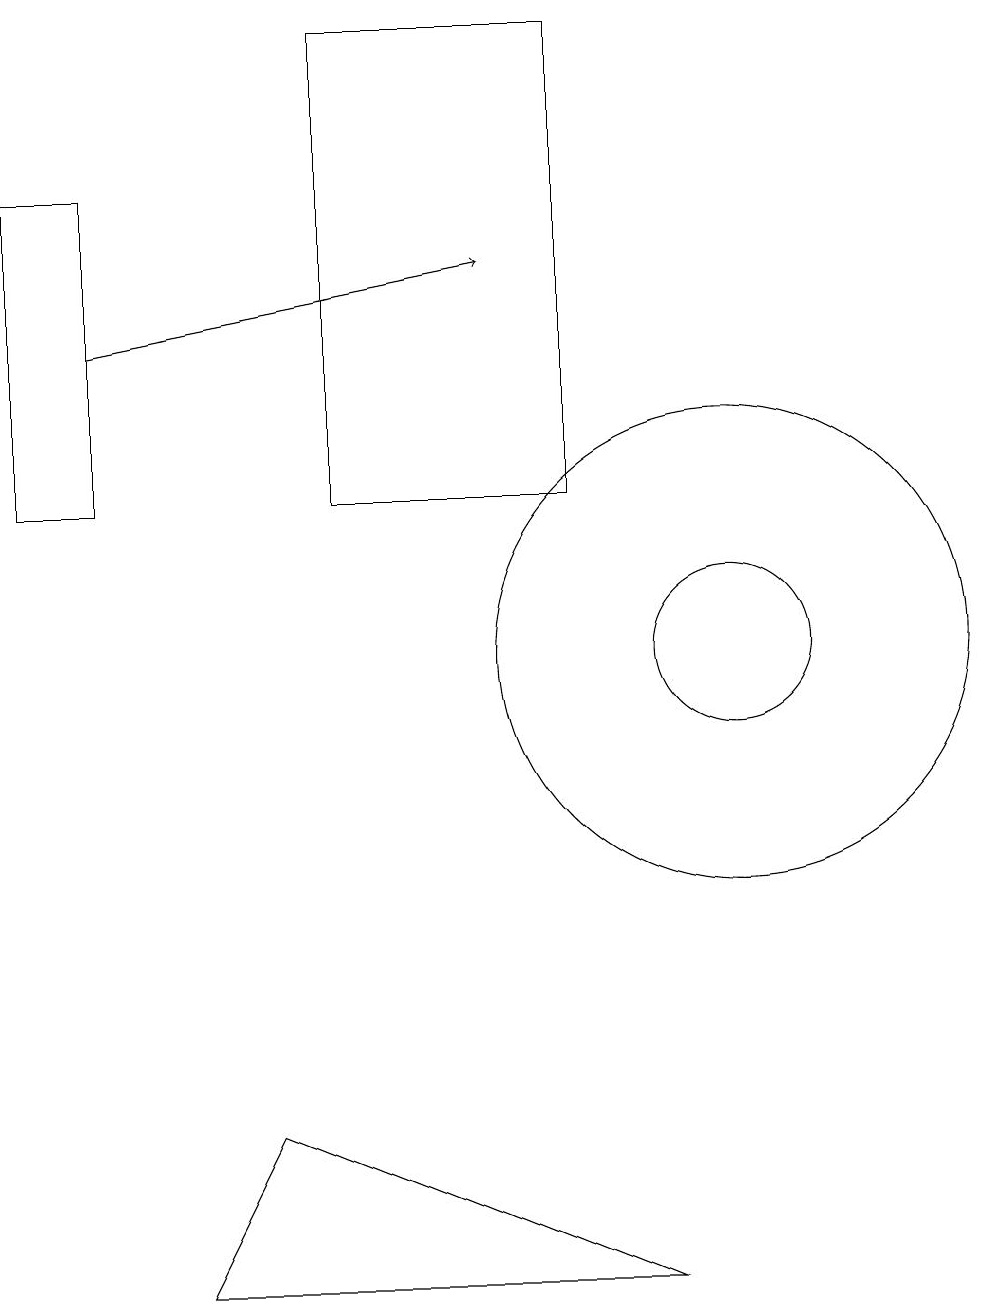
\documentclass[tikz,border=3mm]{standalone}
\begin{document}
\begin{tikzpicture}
\draw (9,2) -- (4,4) -- (3,2) -- cycle;
\draw (5,12) rectangle (8,18);
\draw[->] (2,14) -- (7,15);
\draw (10,10) circle (3);
\draw (10,10) circle (1);
\draw (2,16) rectangle (1,12);
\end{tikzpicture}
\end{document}